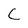
Character: C